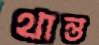
থান্ত